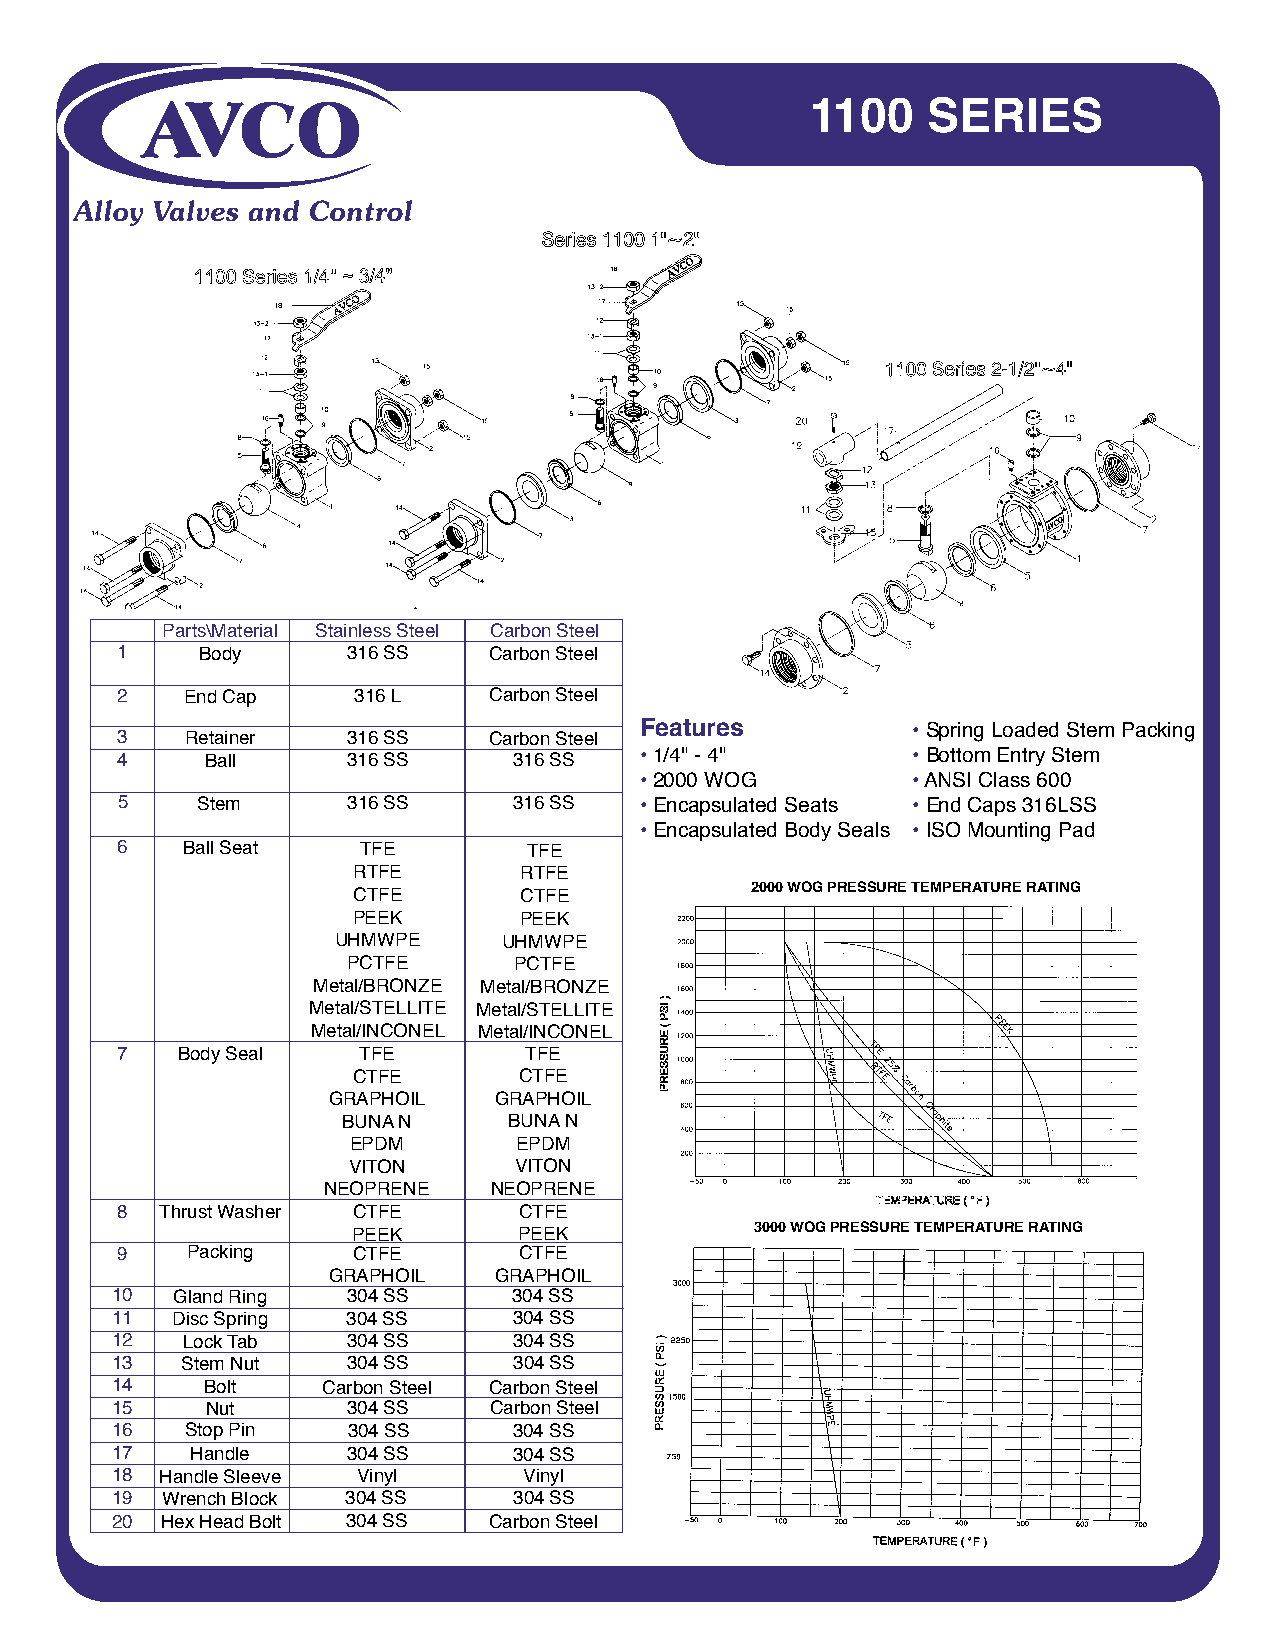
1100   SERIES
 Parts\Material Stainless Steel Carbon Steel
 1    Body      316 SS   Carbon Steel
 2   End Cap    316 L    Carbon Steel
 Features          • Spring Loaded Stem Packing
 3   Retainer   316 SS   Carbon Steel
 4     Ball     316 SS     316 SS  • 1/4" - 4"       • Bottom Entry Stem
 • 2000 WOG        • ANSI Class 600
 5    Stem      316 SS     316 SS  • Encapsulated Seats • End Caps 316LSS
 • Encapsulated Body Seals • ISO Mounting Pad
 6   Ball Seat   TFE        TFE
 RTFE       RTFE
 2000 WOG PRESSURE TEMPERATURE RATING
 CTFE       CTFE
 PEEK       PEEK
 UHMWPE     UHMWPE
 PCTFE      PCTFE
 Metal/BRONZE Metal/BRONZE
 Metal/STELLITE Metal/STELLITE
 Metal/INCONEL Metal/INCONEL
 7   Body Seal   TFE        TFE
 CTFE       CTFE
 GRAPHOIL   GRAPHOIL
 BUNA N     BUNA N
 EPDM       EPDM
 VITON      VITON
 NEOPRENE   NEOPRENE
 8  Thrust Washer CTFE     CTFE
 PEEK       PEEK            3000 WOG PRESSURE TEMPERATURE RATING
 9   Packing    CTFE       CTFE
 GRAPHOIL   GRAPHOIL
 10  Gland Ring  304 SS     304 SS
 11  Disc Spring 304 SS     304 SS
 12   Lock Tab   304 SS     304 SS
 13   Stem Nut   304 SS     304 SS
 14     Bolt   Carbon Steel Carbon Steel
 15     Nut      304 SS   Carbon Steel
 16   Stop Pin   304 SS     304 SS
 17    Handle    304 SS     304 SS
 18  Handle Sleeve Vinyl     Vinyl
 19  Wrench Block 304 SS    304 SS
 20  Hex Head Bolt 304 SS Carbon Steel